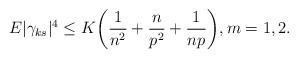
LaTeX: \begin{align*} E|\gamma_{ks}|^4\leq K \biggl(\frac{1}{n^2}+\frac{n}{p^2}+\frac{1}{np} \biggr),m=1,2.\end{align*}